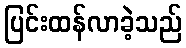
ပြင်းထန်လာခဲ့သည်